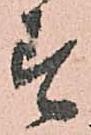
す